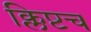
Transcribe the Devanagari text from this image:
क्लिष्टच